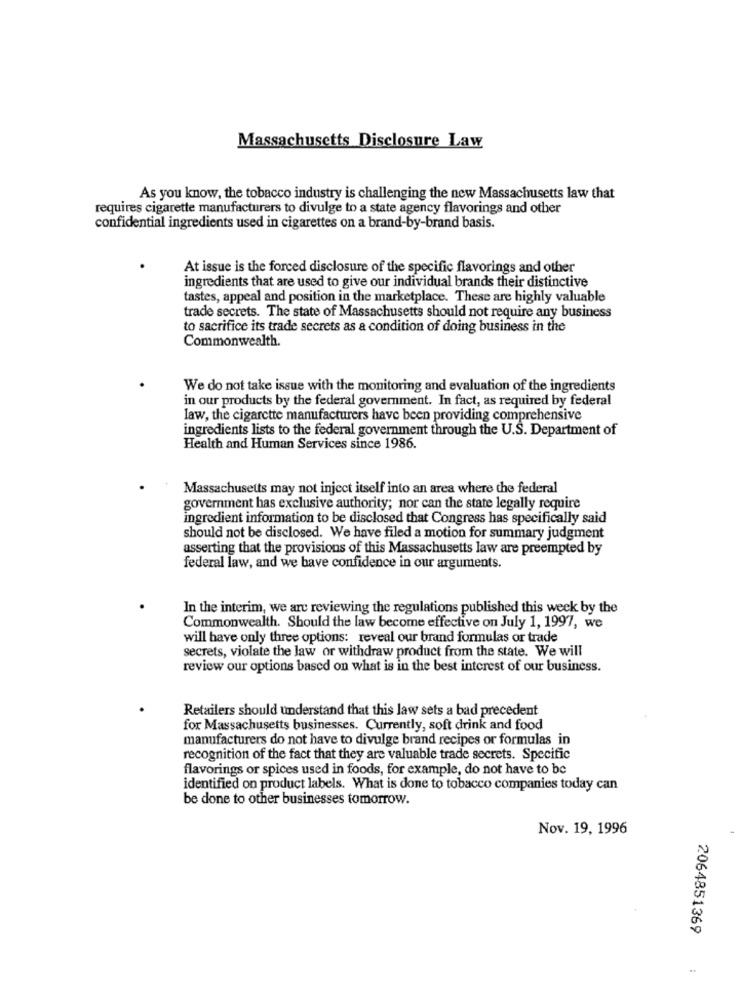
Massachusetts Disclosure Law
As you know, the tobacco industry is challenging the new Massachusetts law that
requires cigarette manufacturers to divulge to a state agency flavorings and other
confidential ingredients used in cigarettes on a brand-by-brand basis.
At issue is the forced disclosure of the specific flavorings and other
ingredients that are used to give our individual brands their distinctive
tastes, appeal and position in the marketplace. These are highly valuable
trade secrets. The state of Massachusetts should not require any business
to sacrifice its trade secrets as a condition of doing business in the
Commonwealth.
We do not take issue with the monitoring and evaluation of the ingredients
in our products by the federal government. In fact, as required by federal
law, the cigarette manufacturers have been providing comprehensive
ingredients lists to the federal government through the U.S. Department of
Health and Human Services since 1986.
Massachusetts may not inject itself into an area where the federal
government has exclusive authority; nor can the state legally require
ingredient information to be disclosed that Congress has specifically said
should not be disclosed. We have filed a motion for summary judgment
asserting that the provisions of this Massachusetts law are preempted by
federal law, and we have confidence in our arguments.
In the interim, we are reviewing the regulations published this week by the
Commonwealth. Should the law become effective on July 1, 1997, we
will have only three options: reveal our brand formulas or trade
secrets, violate the law or withdraw product from the state. We will
review our options based on what is in the best interest of our business.
Retailers should understand that this law sets a bad precedent
for Massachusetts businesses. Currently, soft drink and food
manufacturers do not have to divulge brand recipes or formulas in
recognition of the fact that they are valuable trade secrets. Specific
flavorings or spices used in foods, for example, do not have to be
identified on product labels. What is done to tobacco companies today can
be done to other businesses tomorrow.
Nov. 19, 1996
2064851369